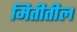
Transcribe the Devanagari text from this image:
मितीतील